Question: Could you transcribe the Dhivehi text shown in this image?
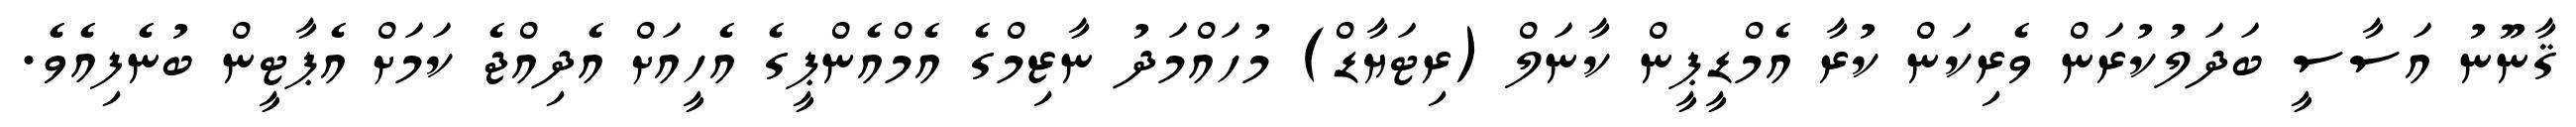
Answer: ޤާނޫނު އަސާސީ ބަދަލުކުރަން ވެރިކަން ކުރާ އެމްޑީޕީން ކާނަލް (ރިޓަޔާޑް) މުހައްމަދު ނާޒިމްގެ އެމްއެންޕީގެ އެހީއަށް އެދިއްޖެ ކަމަށް އެޕާޓީން ބުނެފިއެވެ.